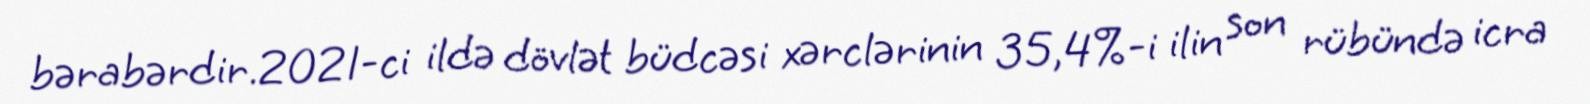
bərabərdir.2021-ci ildə dövlət büdcəsi xərclərinin 35,4%-i ilin son rübündə icra